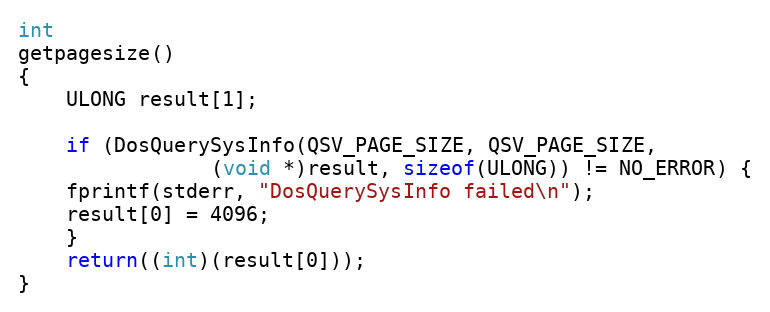
Language: C
int
getpagesize()
{
    ULONG result[1];

    if (DosQuerySysInfo(QSV_PAGE_SIZE, QSV_PAGE_SIZE,
		        (void *)result, sizeof(ULONG)) != NO_ERROR) {
	fprintf(stderr, "DosQuerySysInfo failed\n");
	result[0] = 4096;
    }
    return((int)(result[0]));
}